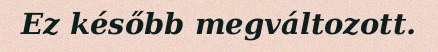
Ez később megváltozott.